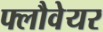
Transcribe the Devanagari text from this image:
फ्लौवेयर